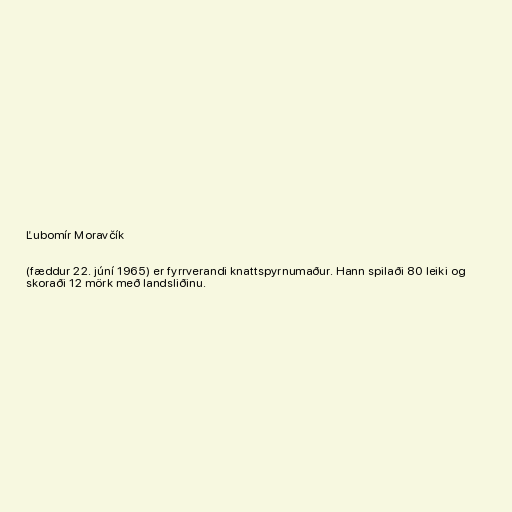
Ľubomír Moravčík

(fæddur 22. júní 1965) er fyrrverandi knattspyrnumaður. Hann spilaði 80 leiki og
skoraði 12 mörk með landsliðinu.